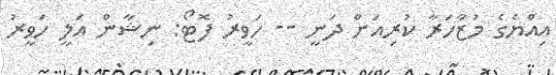
އިއްޔެގެ މުޒާހަރާ ކުރިއަށް ދަނީ -- ހަވީރު ފޮޓޯ: ނިޝާން އަލީ ހަވީރު